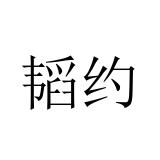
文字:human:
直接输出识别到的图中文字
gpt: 韬约